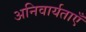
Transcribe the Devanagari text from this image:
अनिवार्यताएँ